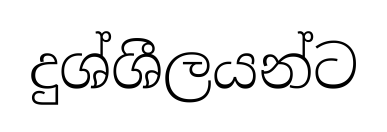
දුශ්ශීලයන්ට